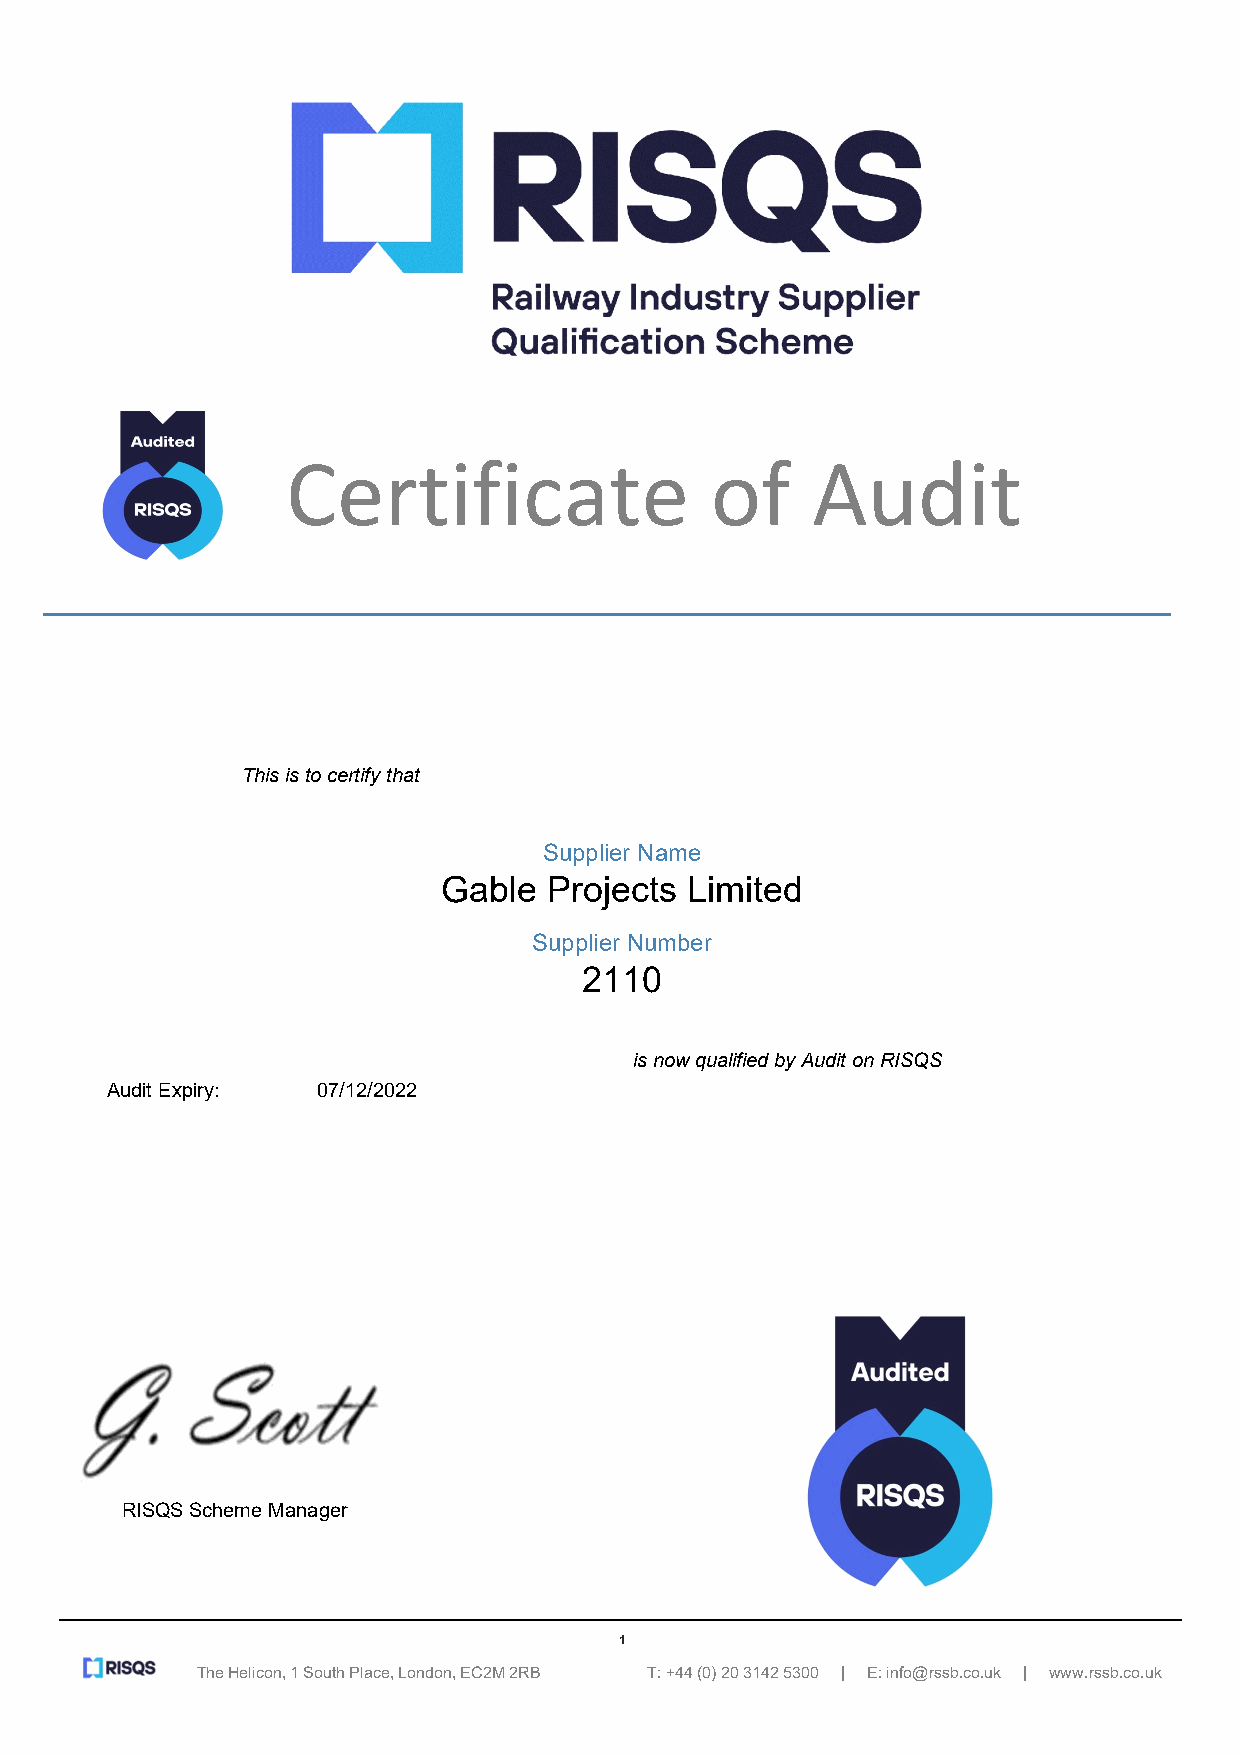
Certificate                 of     Audit
 This is to certify that
 Supplier Name
 Gable  Projects Limited
 Supplier Number
 2110
 is now qualified by Audit on RISQS
 Audit Expiry: 07/12/2022
 RISQS Scheme Manager
 1
 The Helicon, 1 South Place, London, EC2M 2RB T: +44 (0) 20 3142 5300 | E: info@rssb.co.uk | www.rssb.co.uk